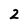
Character: 2